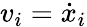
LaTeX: v_{i}=\dot{x}_{i}